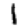
Digit: 1